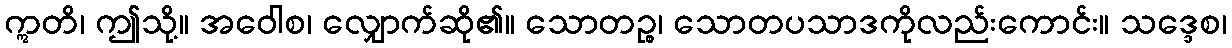
ဣတိ၊ ဤသို့။ အဝေါစ၊ လျှောက်ဆို၏။ သောတဉ္စ၊ သောတပသာဒကိုလည်းကောင်း။ သဒ္ဒေစ၊